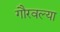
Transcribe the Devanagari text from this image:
गौरवल्या